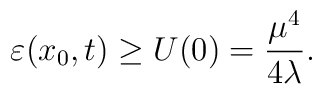
\varepsilon (x_{0},t)\geq U(0)=\frac{\mu ^{4}}{4\lambda }.